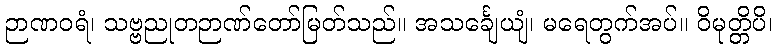
ဉာဏဝရံ၊ သဗ္ဗညုတဉာဏ်တော်မြတ်သည်။ အသင်္ချေယျံ၊ မရေတွက်အပ်။ ဝိမုတ္တိပိ၊